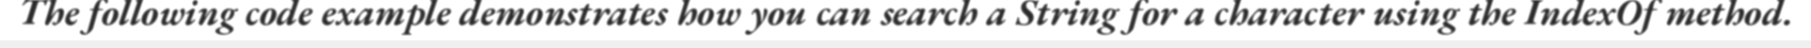
The following code example demonstrates how you can search a String for a character using the IndexOf method.